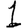
Digit: 1